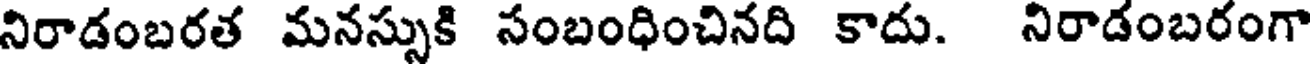
నిరాడంబరత మనస్సుకి సంబంధించినది కాదు. నిరాడంబరంగా